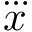
\dddot { x }